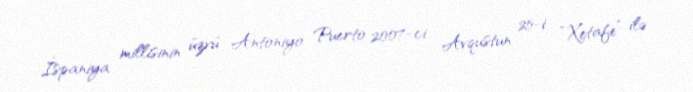
İspaniya millisinin üzvü Antoniyo Puerto 2007-ci Avqustun 25-i “Xetafe” ilə